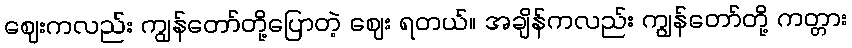
ဈေးကလည်း ကျွန်တော်တို့ပြောတဲ့ ဈေး ရတယ်။ အချိန်ကလည်း ကျွန်တော်တို့ ကတ္တား